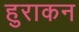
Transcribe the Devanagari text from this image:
हुराकन